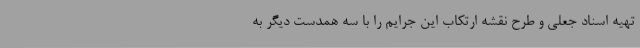
تهیه اسناد جعلی و طرح نقشه ارتکاب این جرایم را با سه همدست دیگر به